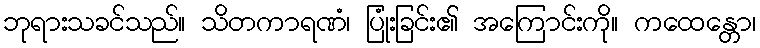
ဘုရားသခင်သည်။ သိတကာရဏံ၊ ပြုံးခြင်း၏ အကြောင်းကို။ ကထေန္တော၊